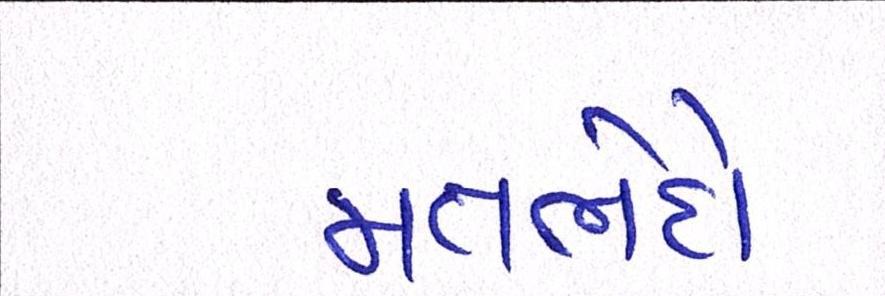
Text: મતભેદો